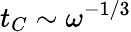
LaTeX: t_{C}\sim\omega^{-1/3}